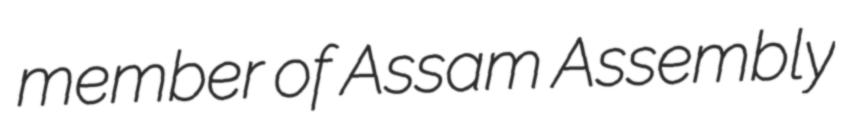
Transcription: member of Assam Assembly